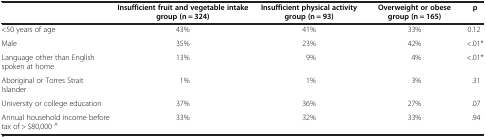
<table><thead><tr><td><b> </b></td><td><b>Insufficient fruit and vegetable intake group (n = 324)</b></td><td><b>Insufficient physical activity group (n = 93)</b></td><td><b>Overweight or obese group (n = 165)</b></td><td><b>p</b></td></tr></thead><tbody><tr><td>&lt;50 years of age</td><td>43%</td><td>41%</td><td>33%</td><td>0.12</td></tr><tr><td>Male</td><td>35%</td><td>23%</td><td>42%</td><td>&lt;.01*</td></tr><tr><td>Language other than English spoken at home</td><td>13%</td><td>9%</td><td>4%</td><td>&lt;.01*</td></tr><tr><td>Aboriginal or Torres Strait Islander</td><td>1%</td><td>1%</td><td>3%</td><td>.31</td></tr><tr><td>University or college education</td><td>37%</td><td>36%</td><td>27%</td><td>.07</td></tr><tr><td>Annual household income before tax of &gt; $80,000 <sup>A</sup></td><td>33%</td><td>32%</td><td>33%</td><td>.94</td></tr></tbody></table>